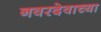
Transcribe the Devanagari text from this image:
नवरदेवाच्या